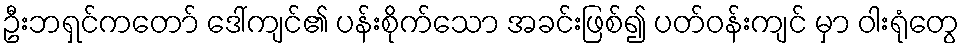
ဦးဘရှင်ကတော် ဒေါ်ကျင်၏ ပန်းစိုက်သော အခင်းဖြစ်၍ ပတ်ဝန်းကျင် မှာ ဝါးရုံတွေ